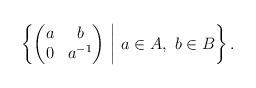
LaTeX: \begin{align*}\left\{\begin{pmatrix} a & b \\ 0 & a^{-1}\end{pmatrix} \ \middle| \ a\in A, \ b\in B\right\}.\end{align*}